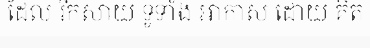
ដែល រីកសាយ ទូទាំង ឤកាស ដោយ គិត